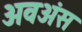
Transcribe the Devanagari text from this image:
अवअंस